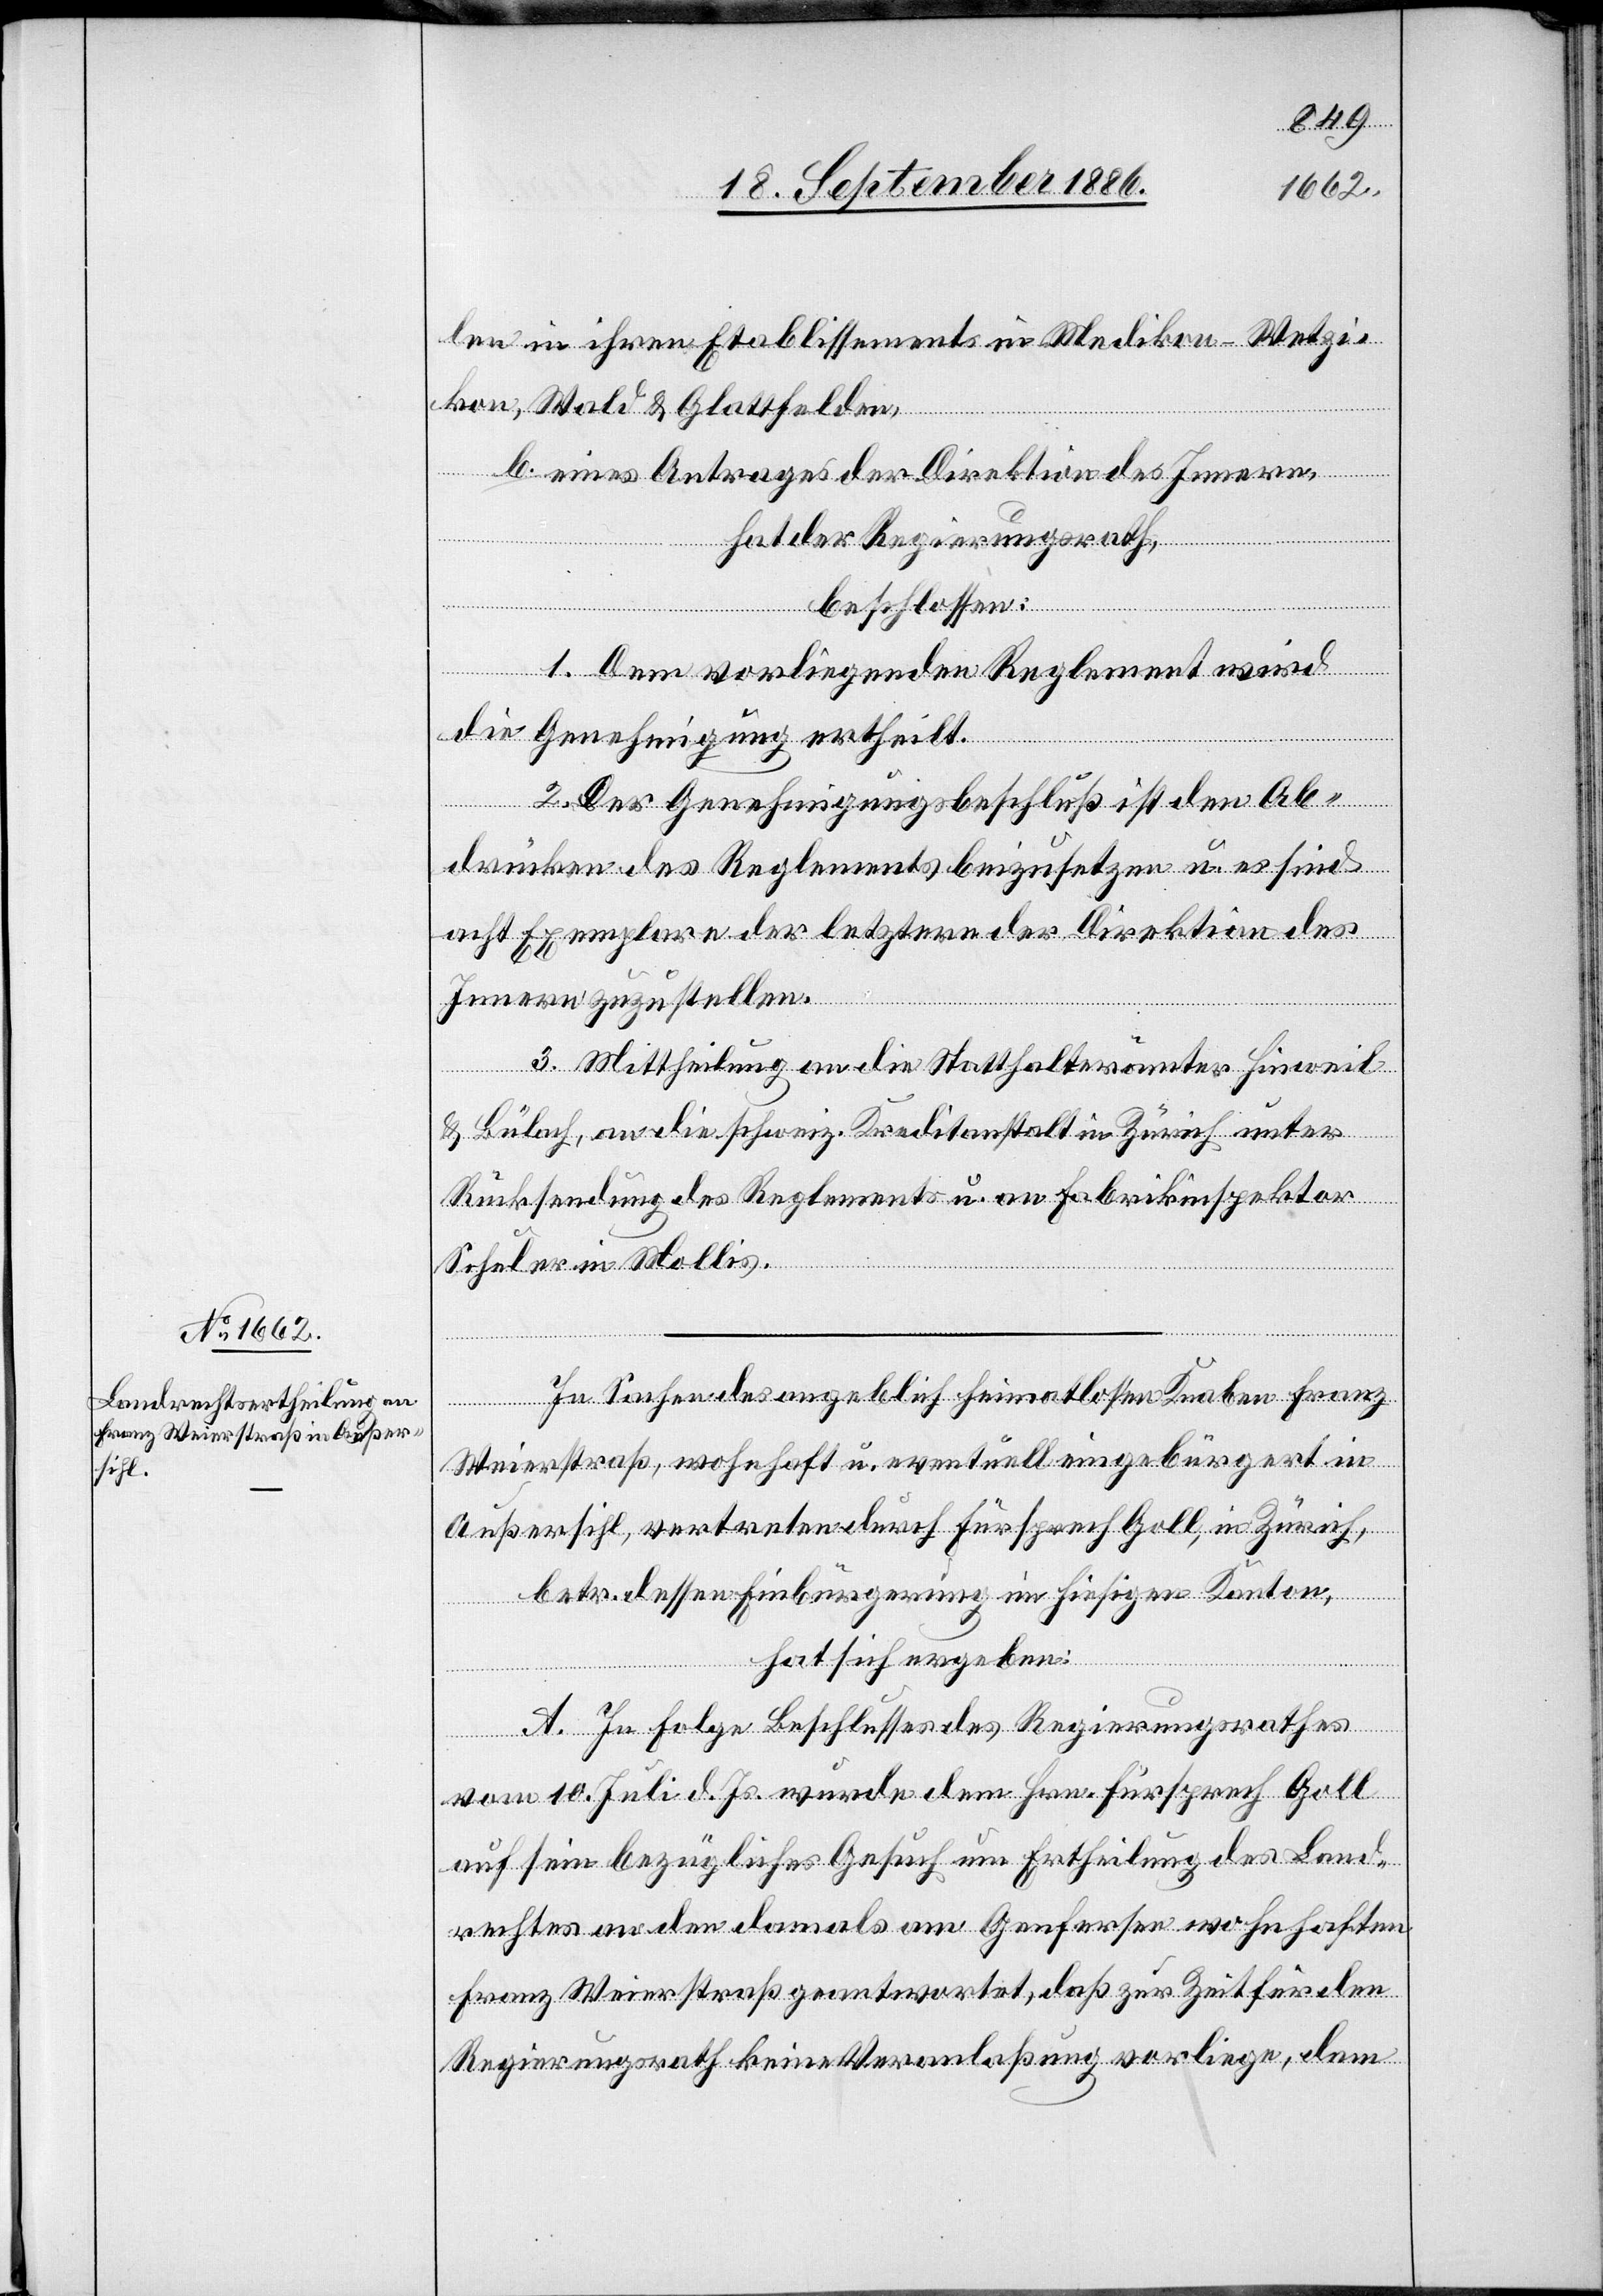
len in ihren Etablissements in Medikon - Wetzi¬
kon, Wald & Glattfelden,
b. eines Antrages der Direktion des Innern,
hat der Regierungsrath,
des
beschlossen:
1. Dem vorliegenden Reglement wird
Knaben Franz
die Genehmigung ertheilt.
2. Der Genehmigungsbeschluß ist den Ab¬
drücken des Reglements beizusetzen u. es sind
acht Exemplare der letztern der Direktion des
Innern zuzustellen.
3. Mittheilung an die Statthalterämter Hinweil
& Bülach, an die schweiz. Kreditanstalt in Zürich unter
Rücksendung des Reglements u. an Fabrikinspektor
Schuler in Mollis.
Weierstraß, wohnhaft u. eventuell eingebürgert in
Außersihl, vertreten durch Fürsprech Goll, in Zürich,
betr. dessen Einbürgerung im hiesigen Kanton,
hat sich ergeben:
A. In Folge Beschlusses des Regierungsrathes
vom 10. Juli d. Js. wurde dem Hrn. Fürsprech Goll
auf sein bezügliches Gesuch um Ertheilung des Land¬
rechtes an den damals am Genfersee wohnhaften
Franz Weierstraß geantwortet, daß zur Zeit für den
Regierungsrath keine Veranlaßung vorliege, dem